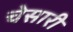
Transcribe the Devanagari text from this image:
चेसारी